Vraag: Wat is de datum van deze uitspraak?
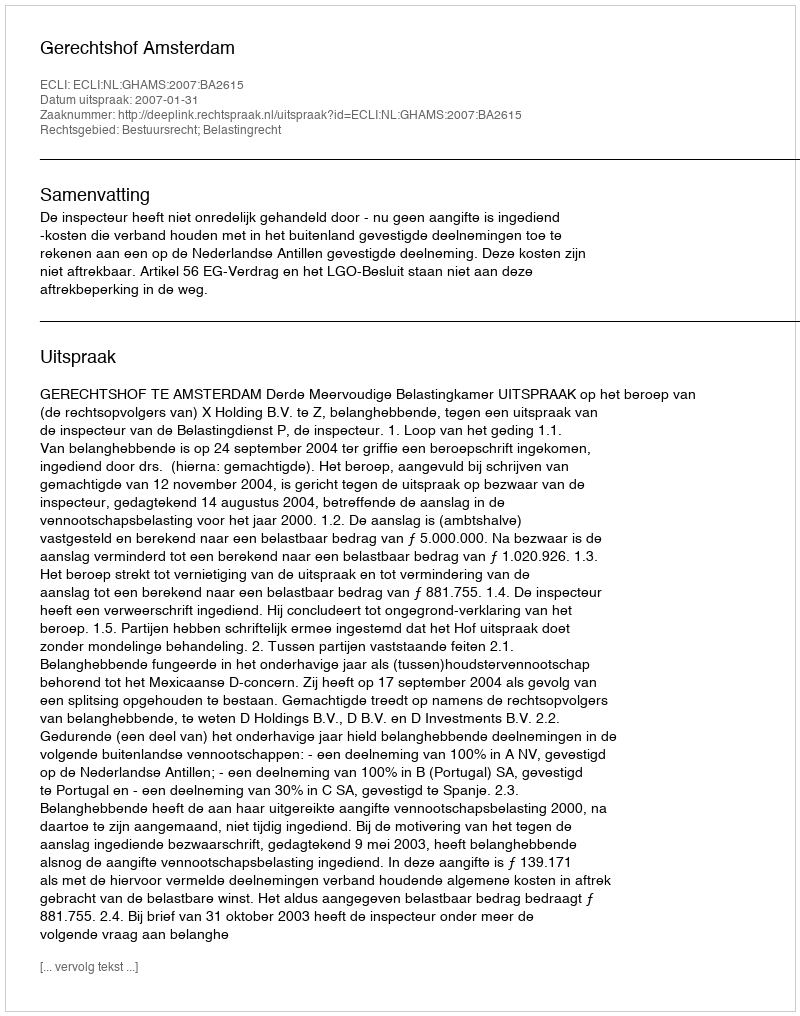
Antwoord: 2007-01-31